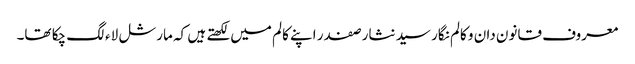
معروف قانون دان و کالم نگار سید نثار صفدر اپنے کالم میں لکھتے ہیں کہ مارشل لاء لگ چکا تھا۔